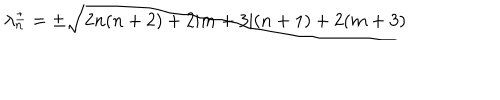
\lambda _ { n } ^ { \pm } = \pm \sqrt { 2 n ( n + 2 ) + 2 \vert m + 3 \vert ( n + 1 ) + 2 ( m + 3 ) }